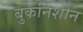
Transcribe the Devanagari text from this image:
बुर्कानशीन